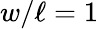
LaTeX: w/\ell=1